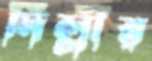
দিল্লীর